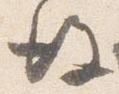
後